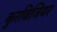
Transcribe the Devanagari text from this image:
कुरबिजियर